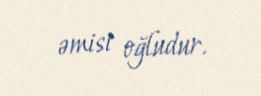
əmisi oğludur.